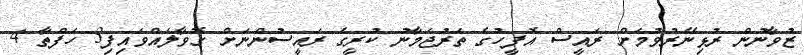
ޒުވާނުން ރުޅިނޭރުވުމަށް ރައީސް އޮފީހުގެ ތަރުޖަމާނު ކުރީގެ ރައީސުންނަށް ގޮވާލައްވައިފި3 ހަފްތާ 4